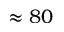
\approx 8 0